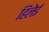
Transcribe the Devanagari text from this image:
हिलेई